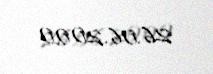
26.06.2000